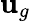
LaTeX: \mathbf{u}_{g}